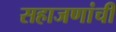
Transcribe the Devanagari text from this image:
सहाजणांची